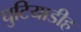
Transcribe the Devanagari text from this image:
घुटियाडीह